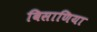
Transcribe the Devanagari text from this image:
बिसाणिया